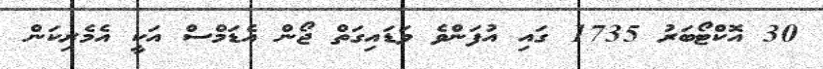
30 އޮކްޓޯބަރު 1735 ގައި އުފަންވެ ވަޑައިގަތް ޖޯން އެޑަމްސް އަކީ އެމެރިކަން